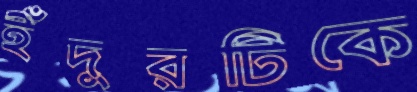
ইঁদুরটিকে